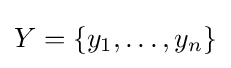
Y=\{y_{1},\ldots ,y_{n}\}